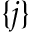
\lbrace j \rbrace